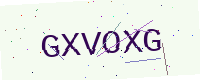
Text: GXVOXG